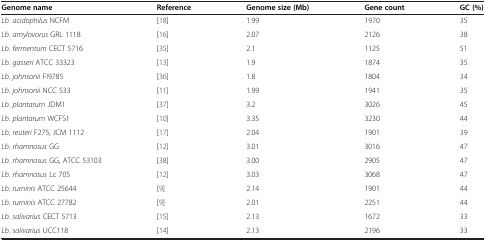
<table><thead><tr><td><b>Genome name</b></td><td><b>Reference</b></td><td><b>Genome size (Mb)</b></td><td><b>Gene count</b></td><td><b>GC (%)</b></td></tr></thead><tbody><tr><td><i>Lb. acidophilus </i>NCFM</td><td>[18]</td><td>1.99</td><td>1970</td><td>35</td></tr><tr><td><i>Lb. amylovorus </i>GRL 1118</td><td>[16]</td><td>2.07</td><td>2126</td><td>38</td></tr><tr><td><i>Lb. fermentum </i>CECT 5716</td><td>[35]</td><td>2.1</td><td>1125</td><td>51</td></tr><tr><td><i>Lb. gasseri </i>ATCC 33323</td><td>[13]</td><td>1.9</td><td>1874</td><td>35</td></tr><tr><td><i>Lb. johnsonii </i>FI9785</td><td>[36]</td><td>1.8</td><td>1804</td><td>34</td></tr><tr><td><i>Lb. johnsonii </i>NCC 533</td><td>[11]</td><td>1.99</td><td>1941</td><td>35</td></tr><tr><td><i>Lb. plantarum </i>JDM1</td><td>[37]</td><td>3.2</td><td>3026</td><td>45</td></tr><tr><td><i>Lb. plantarum </i>WCFS1</td><td>[10]</td><td>3.35</td><td>3230</td><td>44</td></tr><tr><td><i>Lb. reuteri </i>F275, JCM 1112</td><td>[17]</td><td>2.04</td><td>1901</td><td>39</td></tr><tr><td><i>Lb. rhamnosus </i>GG</td><td>[12]</td><td>3.01</td><td>3016</td><td>47</td></tr><tr><td><i>Lb. rhamnosus </i>GG, ATCC 53103</td><td>[38]</td><td>3.00</td><td>2905</td><td>47</td></tr><tr><td><i>Lb. rhamnosus </i>Lc 705</td><td>[12]</td><td>3.03</td><td>3068</td><td>47</td></tr><tr><td><i>Lb. ruminis </i>ATCC 25644</td><td>[9]</td><td>2.14</td><td>1901</td><td>44</td></tr><tr><td><i>Lb. ruminis </i>ATCC 27782</td><td>[9]</td><td>2.01</td><td>2251</td><td>44</td></tr><tr><td><i>Lb. salivarius </i>CECT 5713</td><td>[15]</td><td>2.13</td><td>1672</td><td>33</td></tr><tr><td><i>Lb. salivarius </i>UCC118</td><td>[14]</td><td>2.13</td><td>2196</td><td>33</td></tr></tbody></table>